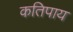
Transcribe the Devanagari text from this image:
कतिपाय